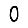
Digit: 0